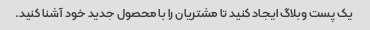
یک پست وبلاگ ایجاد کنید تا مشتریان را با محصول جدید خود آشنا کنید.